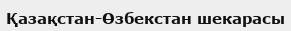
Қазақстан-Өзбекстан шекарасы